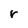
Character: r